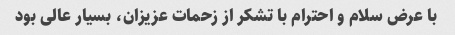
با عرض سلام و احترام با تشکر از زحمات عزیزان، بسیار عالی بود